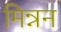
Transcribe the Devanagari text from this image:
मिन्नन